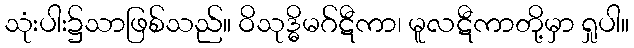
သုံးပါး၌သာဖြစ်သည်။ ဝိသုဒ္ဓိမဂ်ဋီကာ၊ မူလဋီကာတို့မှာ ရှုပါ။